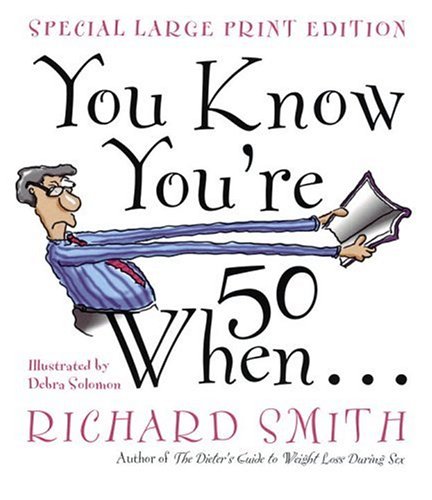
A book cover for You Know You're Fifty When; Richard Smith; Humor & Entertainment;